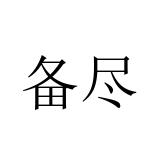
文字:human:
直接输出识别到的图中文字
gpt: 备尽